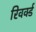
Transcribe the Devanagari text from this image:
रिवर्क्ड